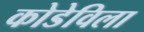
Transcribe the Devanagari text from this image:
कोडेविला